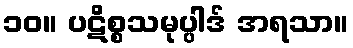
၁၀။ ပဋိစ္စသမုပ္ပါဒ် အရသာ။